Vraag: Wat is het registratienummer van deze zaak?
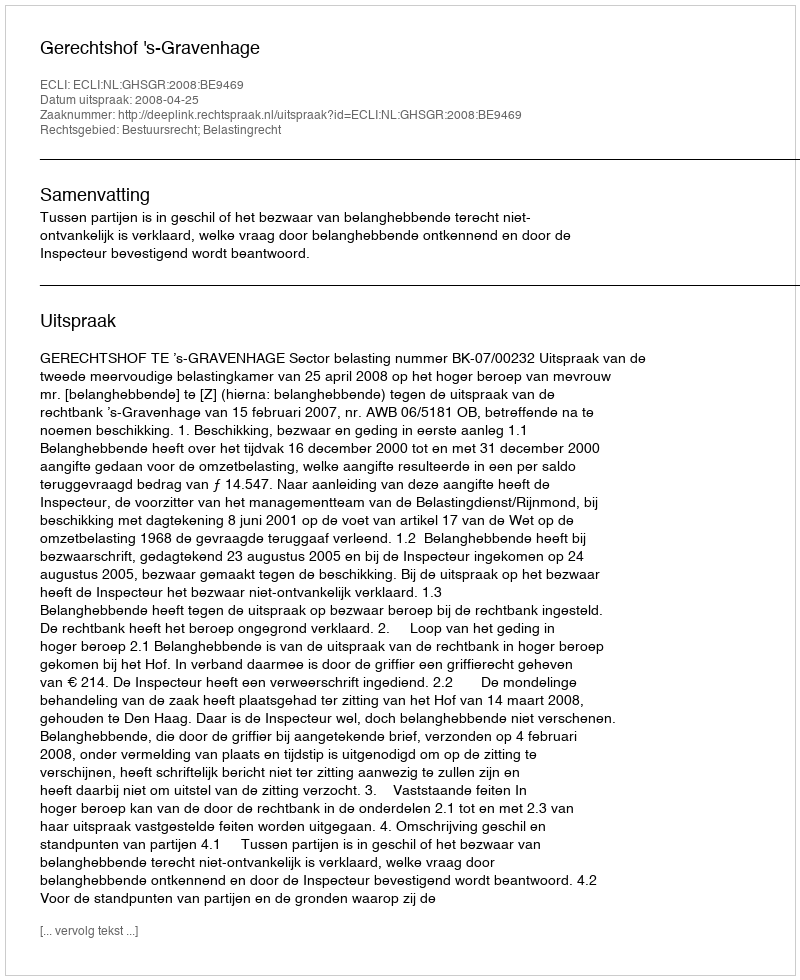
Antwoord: http://deeplink.rechtspraak.nl/uitspraak?id=ECLI:NL:GHSGR:2008:BE9469